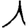
Digit: 1